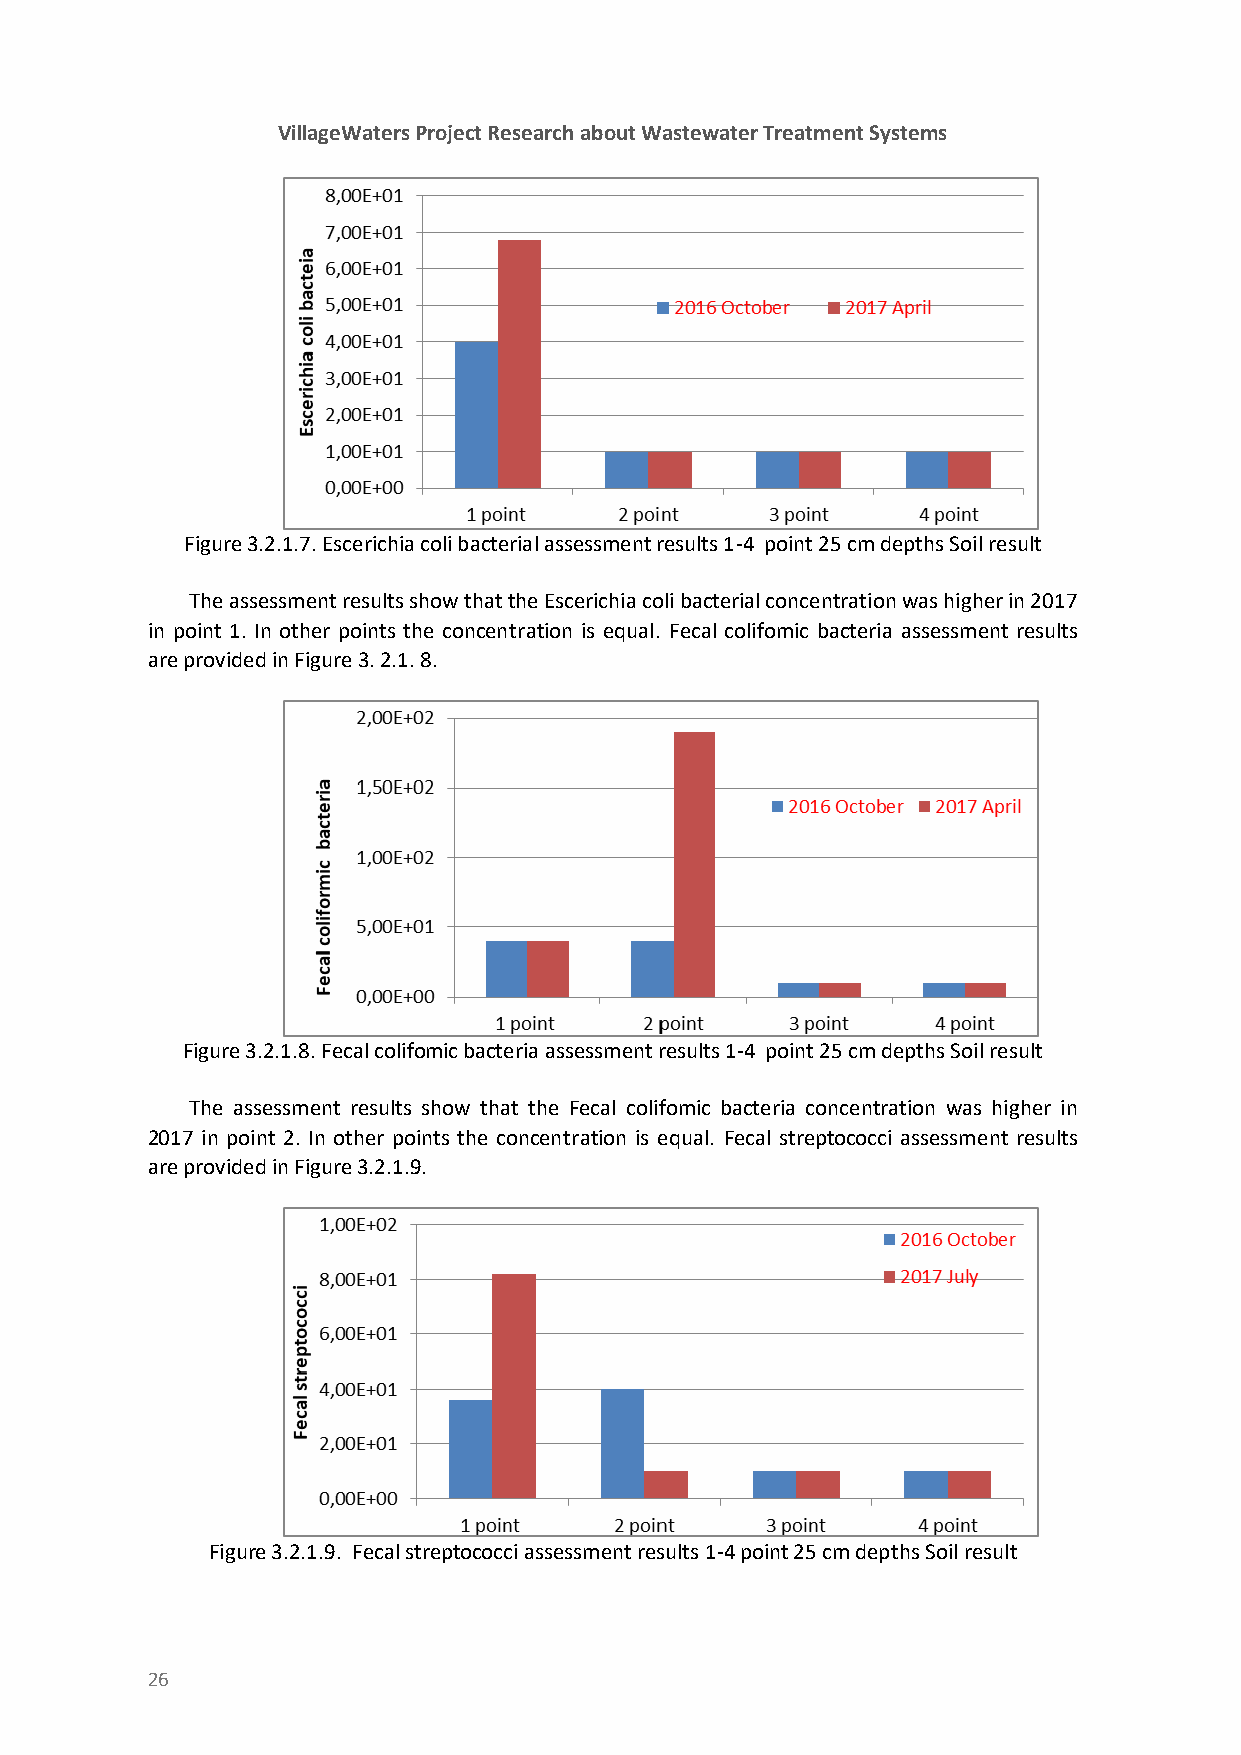
VillageWaters Project Research about Wastewater Treatment Systems
 Figure 3.2.1.7. Escerichia coli bacterial assessment results 1-4 point 25 cm depths Soil result
 The assessment results show that the Escerichia coli bacterial concentration was higher in 2017
 in point 1. In other points the concentration is equal. Fecal colifomic bacteria assessment results
 are provided in Figure 3. 2.1. 8.
 Figure 3.2.1.8. Fecal colifomic bacteria assessment results 1-4 point 25 cm depths Soil result
 The assessment results show that the Fecal colifomic bacteria concentration was higher in
 2017 in point 2. In other points the concentration is equal. Fecal streptococci assessment results
 are provided in Figure 3.2.1.9.
 Figure 3.2.1.9. Fecal streptococci assessment results 1-4 point 25 cm depths Soil result
 26